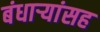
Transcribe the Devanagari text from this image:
बंधार्‍यांसह